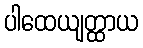
ပါထေယျတ္ထာယ